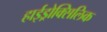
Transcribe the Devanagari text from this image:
हाईड्रोक्सिलिक